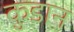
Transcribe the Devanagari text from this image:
कुडान